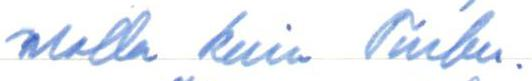
malla kuin Turku.